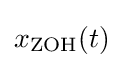
x_{\mathrm {ZOH} }(t)